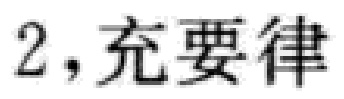
2，充要律